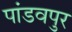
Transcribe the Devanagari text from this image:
पांडवपुर